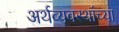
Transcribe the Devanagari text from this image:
अर्थव्यवस्थांच्या